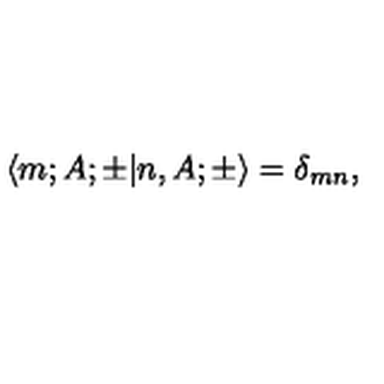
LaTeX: \langle m ; A ; \pm | n , A ; \pm \rangle = \delta _ { m n } ,